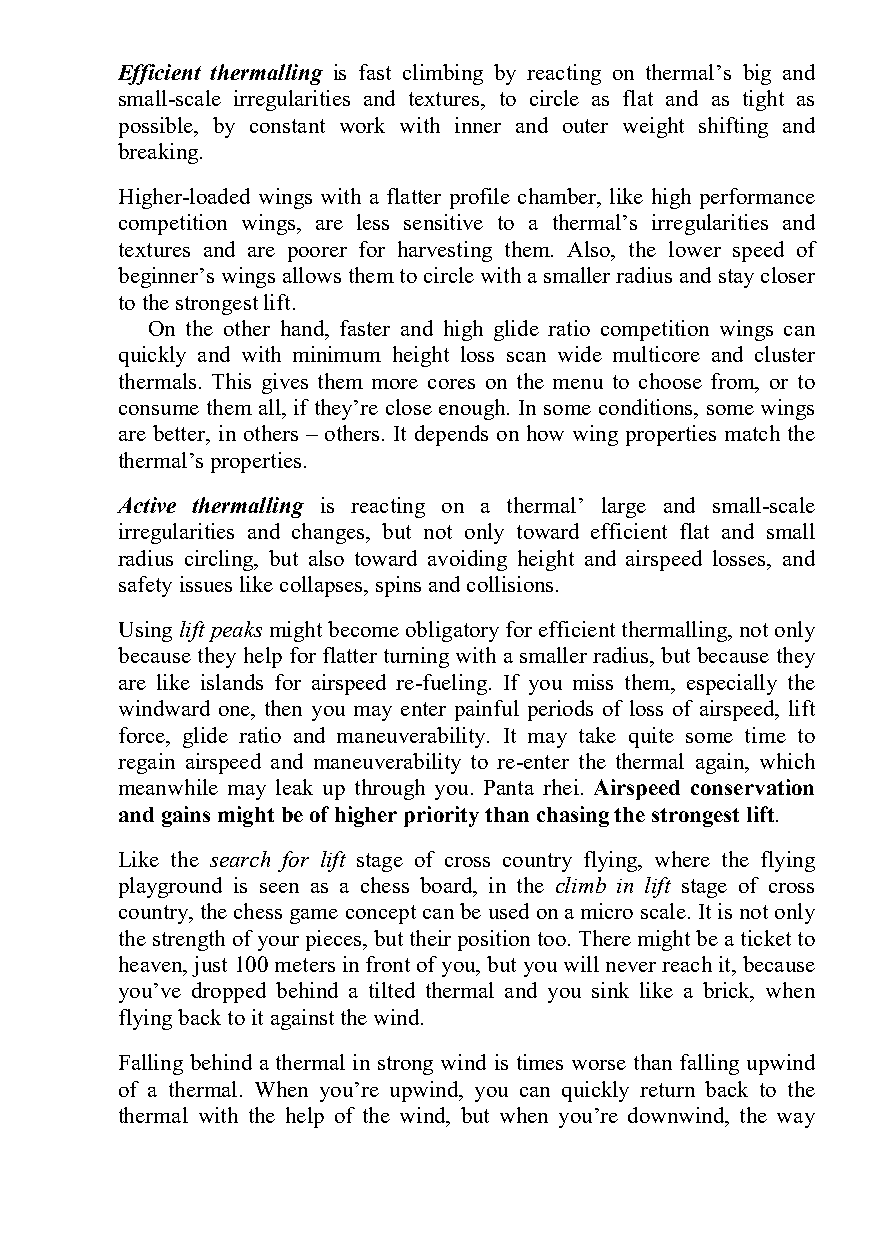
Efficient thermalling is fast climbing by reacting on thermal’s big and
 small-scale irregularities and textures, to circle as flat and as tight as
 possible, by constant work with inner and outer weight shifting and
 breaking.
 Higher-loaded wings with a flatter profile chamber, like high performance
 competition wings, are less sensitive to a thermal’s irregularities and
 textures and are poorer for harvesting them. Also, the lower speed of
 beginner’s wings allows them to circle with a smaller radius and stay closer
 to the strongest lift.
 On the other hand, faster and high glide ratio competition wings can
 quickly and with minimum height loss scan wide multicore and cluster
 thermals. This gives them more cores on the menu to choose from, or to
 consume them all, if they’re close enough. In some conditions, some wings
 are better, in others – others. It depends on how wing properties match the
 thermal’s properties.
 Active thermalling is reacting on a thermal’ large and small-scale
 irregularities and changes, but not only toward efficient flat and small
 radius circling, but also toward avoiding height and airspeed losses, and
 safety issues like collapses, spins and collisions.
 Using lift peaks might become obligatory for efficient thermalling, not only
 because they help for flatter turning with a smaller radius, but because they
 are like islands for airspeed re-fueling. If you miss them, especially the
 windward one, then you may enter painful periods of loss of airspeed, lift
 force, glide ratio and maneuverability. It may take quite some time to
 regain airspeed and maneuverability to re-enter the thermal again, which
 meanwhile may leak up through you. Panta rhei. Airspeed conservation
 and gains might be of higher priority than chasing the strongest lift.
 Like the search for lift stage of cross country flying, where the flying
 playground is seen as a chess board, in the climb in lift stage of cross
 country, the chess game concept can be used on a micro scale. It is not only
 the strength of your pieces, but their position too. There might be a ticket to
 heaven, just 100 meters in front of you, but you will never reach it, because
 you’ve dropped behind a tilted thermal and you sink like a brick, when
 flying back to it against the wind.
 Falling behind a thermal in strong wind is times worse than falling upwind
 of a thermal. When you’re upwind, you can quickly return back to the
 thermal with the help of the wind, but when you’re downwind, the way